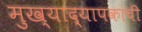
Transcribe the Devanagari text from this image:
मुख्‍याद्यापकांची